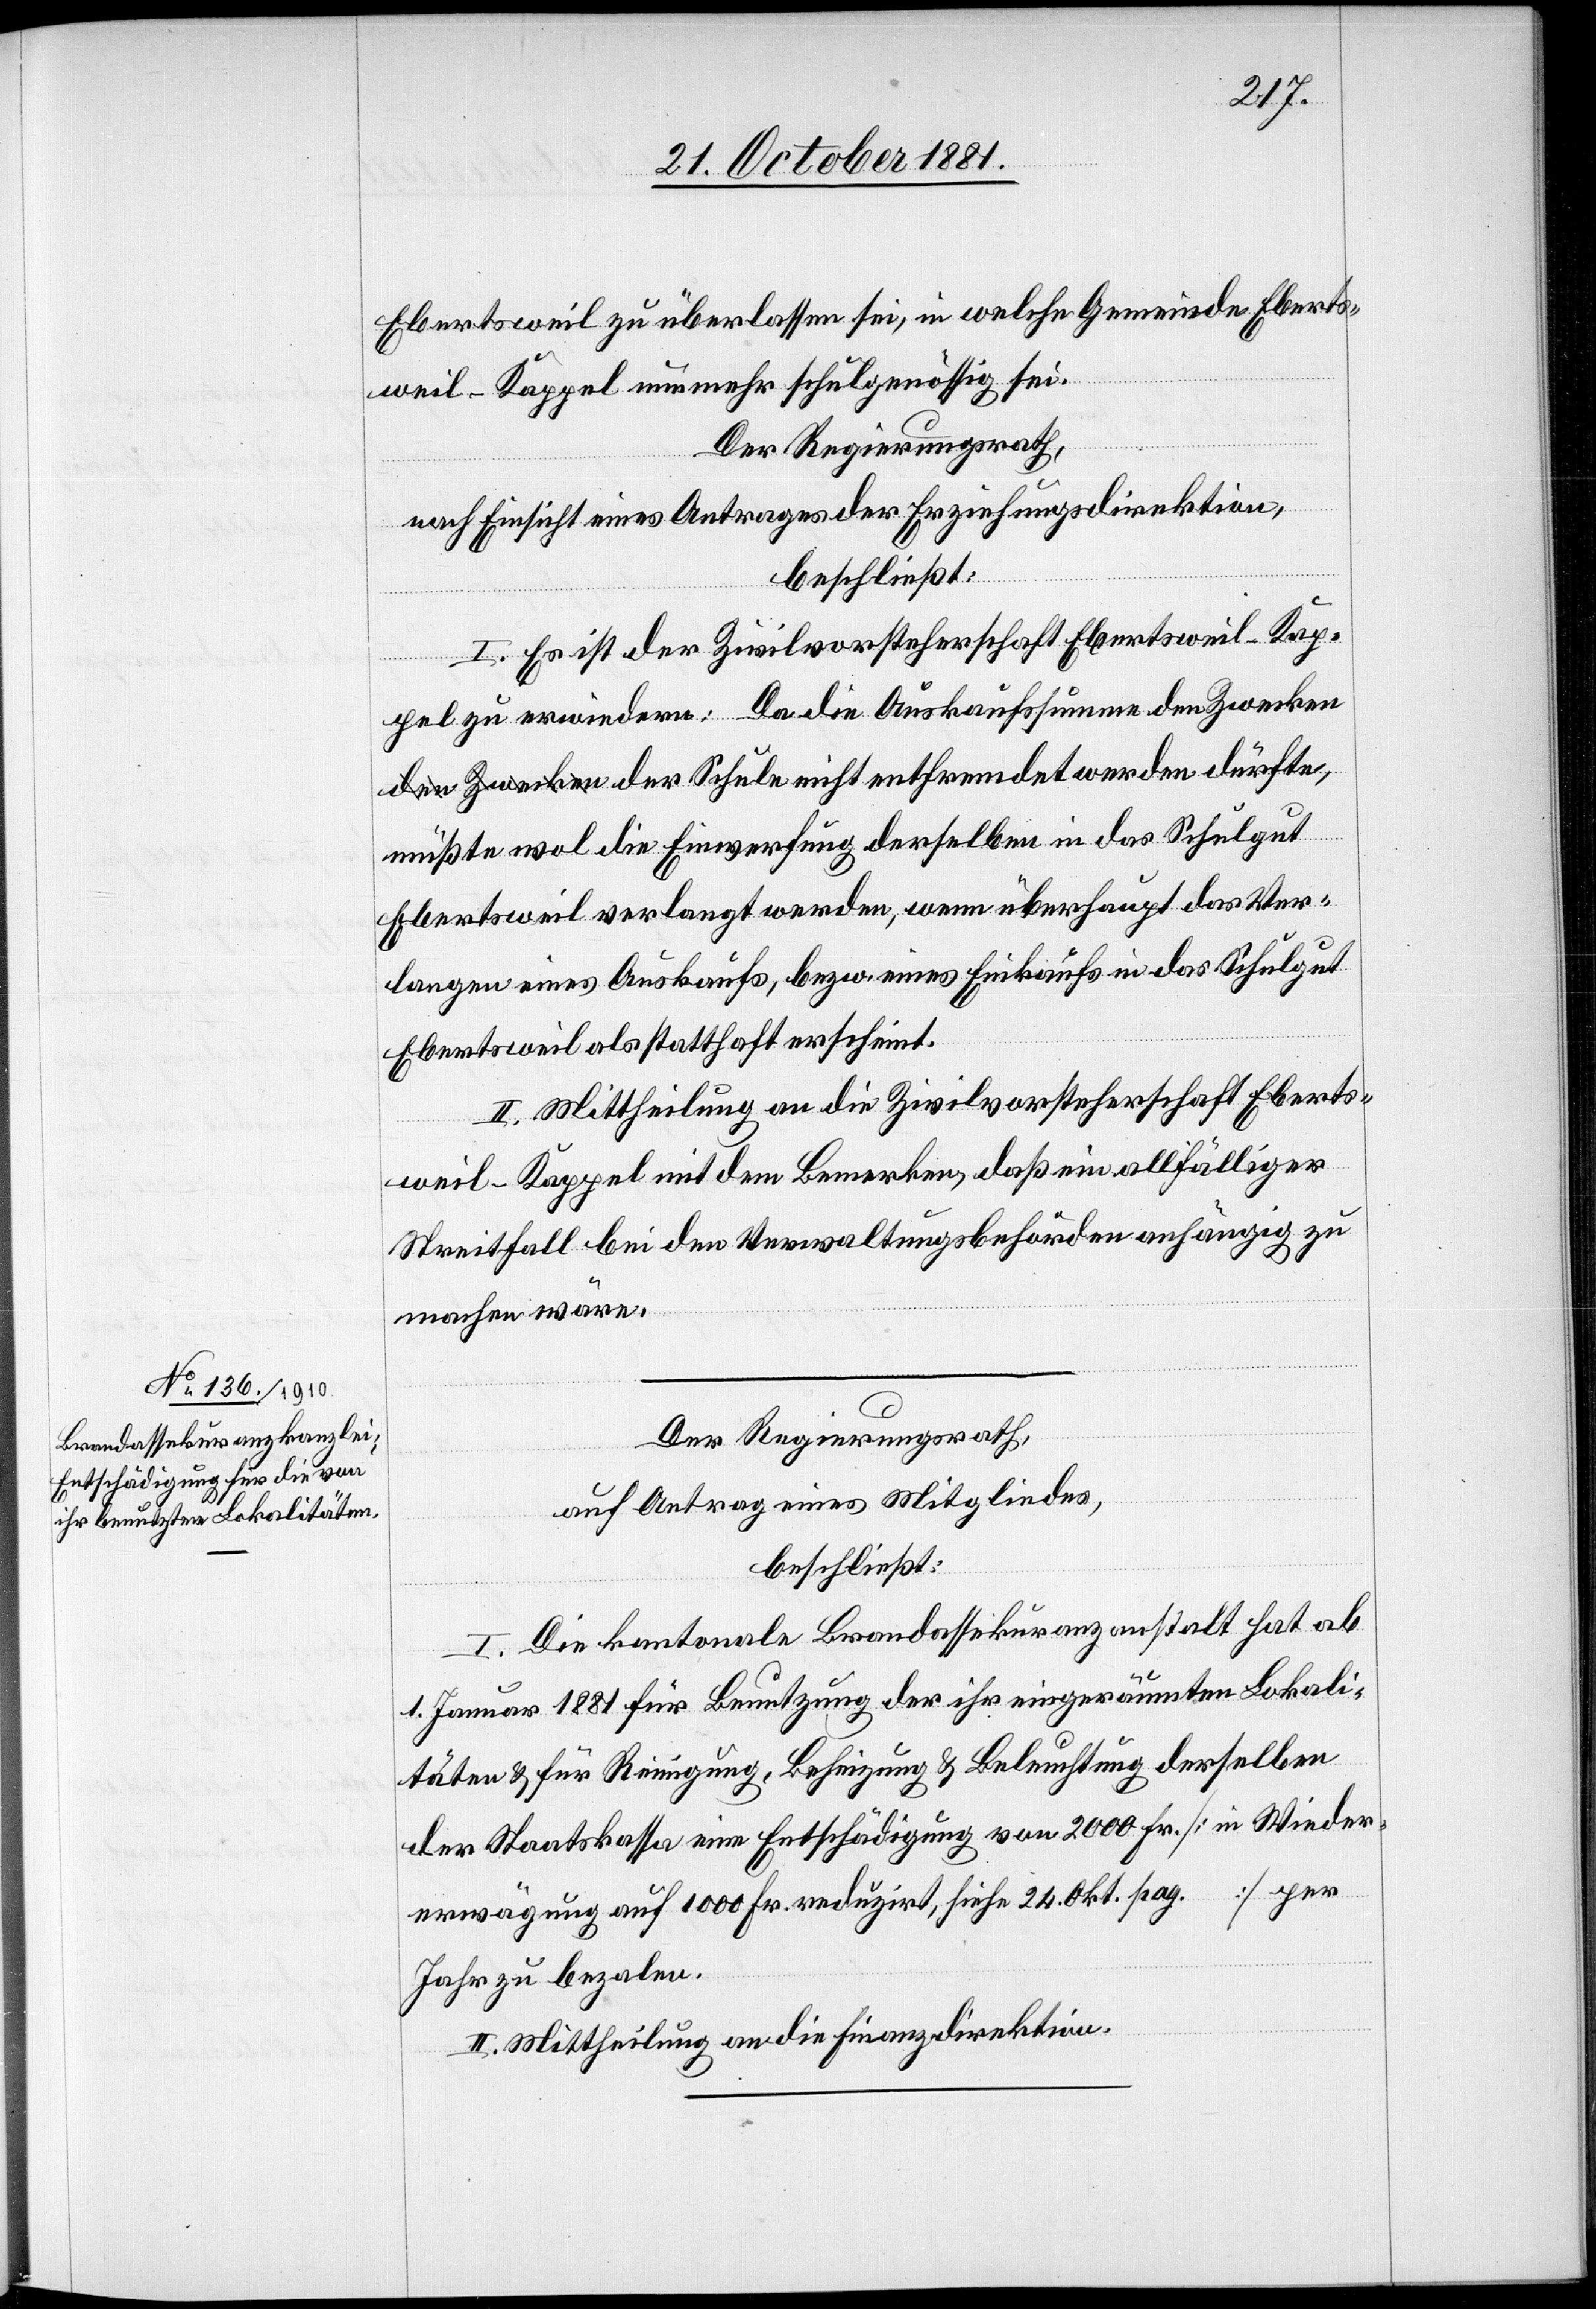
Ebertsweil zu überlassen sei, in welche Gemeinde Eberts¬
weil-Kappel nunmehr schulgenössig sei.
Der Regierungsrath,
nach Einsicht eines Antrages der Erziehungsdirektion,
beschließt:
I. Es ist der Zivilvorsteherschaft Ebertsweil-Kap¬
pel zu erwiedern: Da die Auskaufssumme den Zwecken
müßte wol die Einwerfung derselben in das Schulgut
Ebertsweil verlangt werden, wenn überhaupt das Ver¬
langen eines Auskaufs, bezw. eines Einkaufs in das Schulgut
Ebertsweil als statthaft erscheint.
II. Mittheilung an die Zivilvorsteherschaft Eberts¬
weil-Kappel mit dem Bemerken, daß ein allfälliger
Streitfall bei den Verwaltungsbehörden anhängig zu
machen wäre.
Der Regierungsrath,
auf Antrag eines Mitgliedes,
beschließt:
I. Die kantonale Brandassekuranzanstalt hat ab
1. Januar 1881 für Benutzung der ihr eingeräumten Lokali¬
täten & für Reinigung, Beheizung & Beleuchtung derselben
der Staatskassa eine Entschädigung von 2000 Fr. [in Wieder¬
erwägung auf 1000 Fr. reduzirt, siehe 24. Okt. pag. ...] per
Jahr zu bezahlen.
II. Mittheilung an die Finanzdirektion.